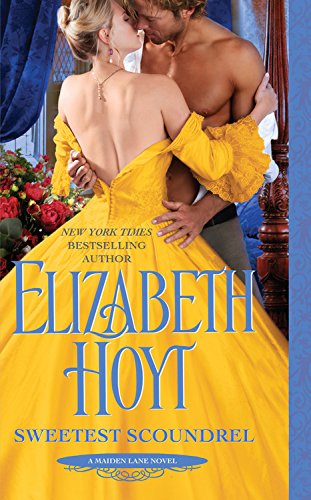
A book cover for Sweetest Scoundrel (Maiden Lane); Elizabeth Hoyt; Romance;